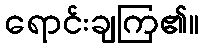
ရောင်းချကြ၏။